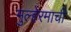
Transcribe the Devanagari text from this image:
मुल्हेरमाची